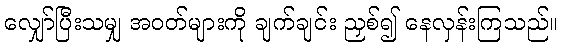
လျှော်ပြီးသမျှ အဝတ်များကို ချက်ချင်း ညှစ်၍ နေလှန်းကြသည်။